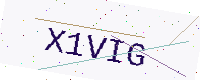
Text: X1VIG